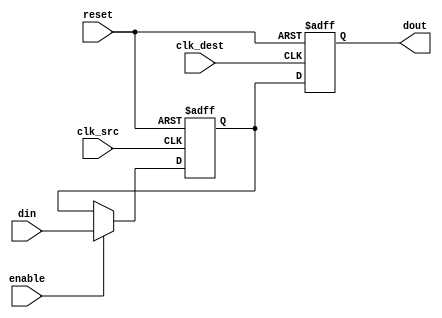
module signal_level_crossing_synchronizer #(
    parameter WIDTH = 1  // Width of the signal to be synchronized
)(
    input wire clk_src,          // Source clock
    input wire clk_dest,         // Destination clock
    input wire reset,            // Asynchronous reset
    input wire enable,           // Optional enable signal
    input wire [WIDTH-1:0] din,  // Input signal from source clock domain
    output reg [WIDTH-1:0] dout  // Synchronized output signal to destination clock domain
);

    // Internal signals for the dual flip-flop synchronizer
    reg [WIDTH-1:0] sync_ff1;  // First flip-flop output
    reg [WIDTH-1:0] sync_ff2;  // Second flip-flop output

    // First flip-flop: samples the incoming signal on the source clock
    always @(posedge clk_src or posedge reset) begin
        if (reset) begin
            sync_ff1 <= {WIDTH{1'b0}}; // Initialize to known state
        end else if (enable) begin
            sync_ff1 <= din; // Capture input signal
        end
    end

    // Second flip-flop: samples the output of the first flip-flop on the destination clock
    always @(posedge clk_dest or posedge reset) begin
        if (reset) begin
            dout <= {WIDTH{1'b0}}; // Initialize to known state
        end else begin
            dout <= sync_ff1; // Transfer synchronized signal
        end
    end

endmodule